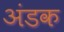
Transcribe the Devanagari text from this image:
अंडक